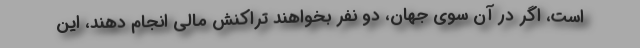
است، اگر در آن سوی جهان، دو نفر بخواهند تراکنش مالی انجام دهند، این